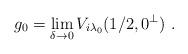
LaTeX: \begin{align*}g_0 = \lim_{\delta \rightarrow 0}V_{i\lambda_0}(1/2,0^\perp) \,\, .\end{align*}